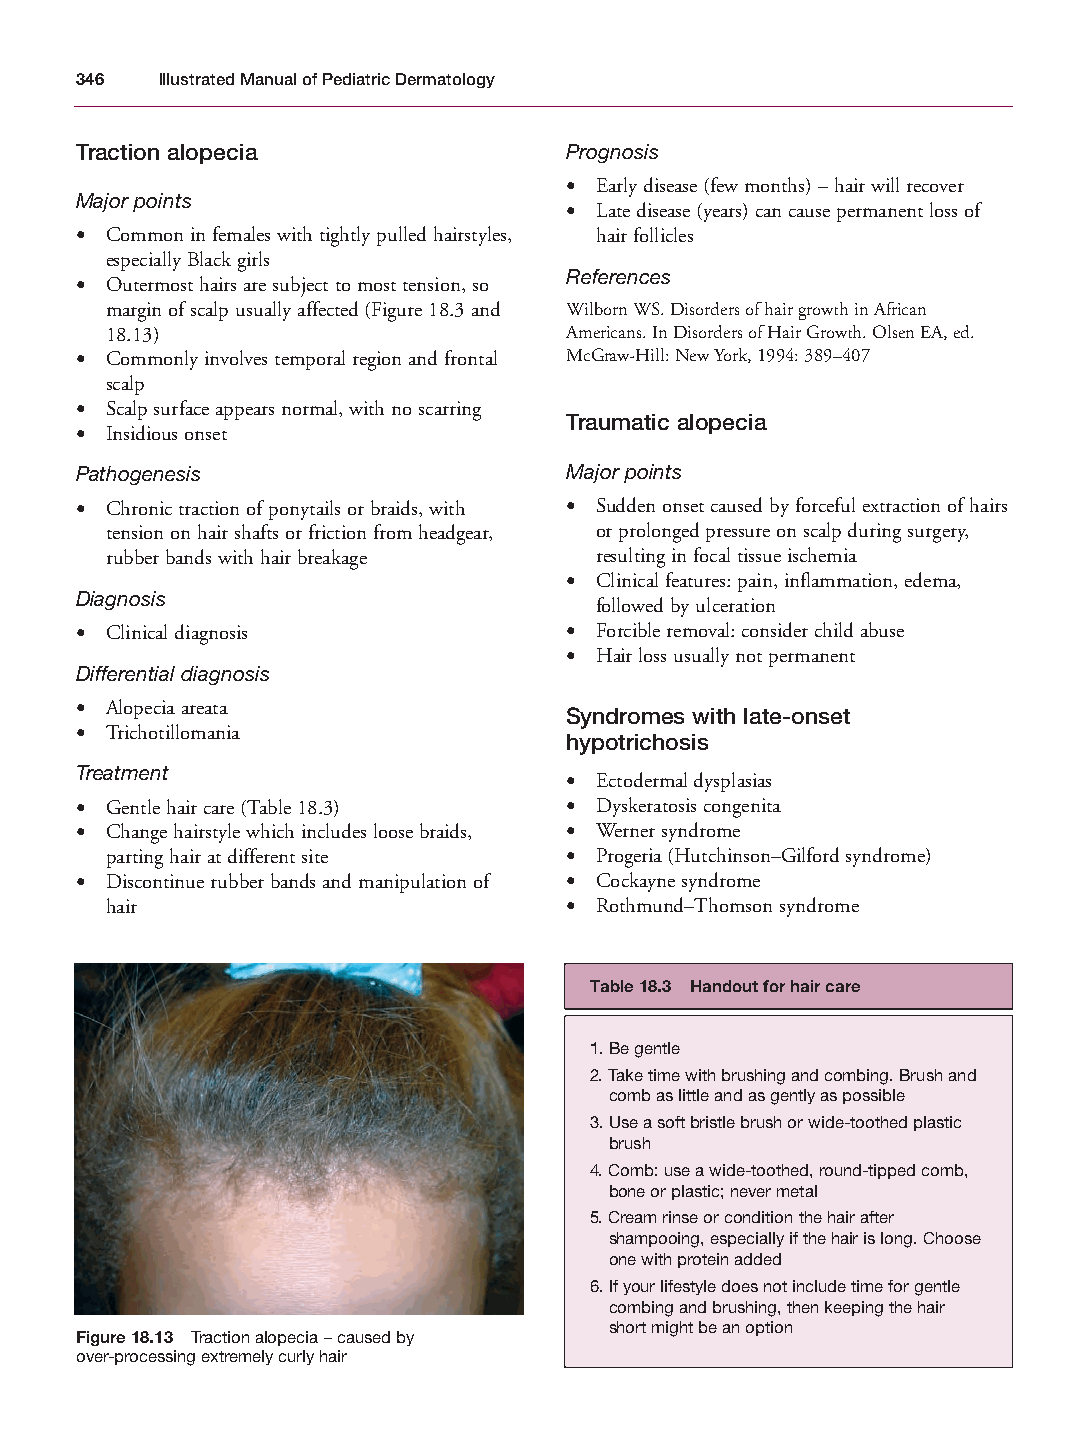
Mallory Chapter 18 27/1/05 2:55 pm Page 346
 346  Illustrated Manual of Pediatric Dermatology
 Traction alopecia               Prognosis
 • Early disease (few months) – hair will recover
 Major points
 • Late disease (years) can cause permanent loss of
 • Common in females with tightly pulled hairstyles, hair follicles
 especially Black girls
 References
 • Outermost hairs are subject to most tension, so
 margin of scalp usually affected (Figure 18.3 and Wilborn WS. Disorders of hair growth in African
 18.13)                        Americans. In Disorders of Hair Growth. Olsen EA, ed.
 • Commonly involves temporal region and frontal McGraw-Hill: New York, 1994: 389–407
 scalp
 • Scalp surface appears normal, with no scarring
 Traumatic alopecia
 • Insidious onset
 Pathogenesis                    Major points
 • Chronic traction of ponytails or braids, with • Sudden onset caused by forceful extraction of hairs
 tension on hair shafts or friction from headgear, or prolonged pressure on scalp during surgery,
 rubber bands with hair breakage resulting in focal tissue ischemia
 • Clinical features: pain, inflammation, edema,
 Diagnosis
 followed by ulceration
 • Clinical diagnosis            • Forcible removal: consider child abuse
 • Hair loss usually not permanent
 Differential diagnosis
 • Alopecia areata
 Syndromes with late-onset
 • Trichotillomania
 hypotrichosis
 Treatment
 • Ectodermal dysplasias
 • Gentle hair care (Table 18.3) • Dyskeratosis congenita
 • Change hairstyle which includes loose braids, • Werner syndrome
 parting hair at different site • Progeria (Hutchinson–Gilford syndrome)
 • Discontinue rubber bands and manipulation of • Cockayne syndrome
 hair                          • Rothmund–Thomson syndrome
 Table 18.3 Handout for hair care
 1. Be gentle
 2. Take time with brushing and combing. Brush and
 comb as little and as gently as possible
 3. Use a soft bristle brush or wide-toothed plastic
 brush
 4. Comb: use a wide-toothed, round-tipped comb,
 bone or plastic; never metal
 5. Cream rinse or condition the hair after
 shampooing, especially if the hair is long. Choose
 one with protein added
 6. If your lifestyle does not include time for gentle
 combing and brushing, then keeping the hair
 short might be an option
 Figure 18.13 Traction alopecia – caused by
 over-processing extremely curly hair